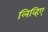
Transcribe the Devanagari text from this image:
लिव्हिए